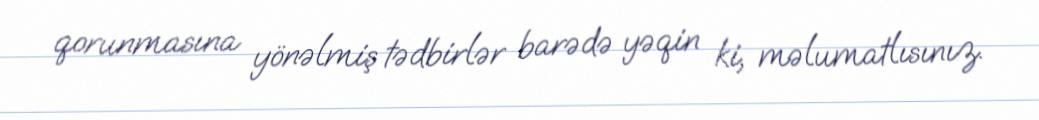
qorunmasına yönəlmiş tədbirlər barədə yəqin ki, məlumatlısınız.